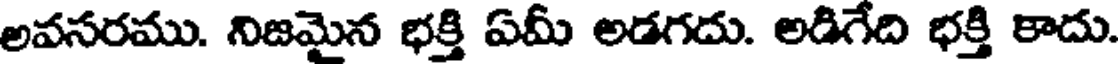
అవసరము. నిజమైన భక్తి ఏమ్ అడగదు. అడిగేది భక్తి కాదు.